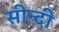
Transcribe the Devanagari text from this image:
सीन्दी